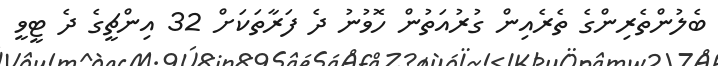
ބެލުންތެރިންގެ ތެރެއިން ގުރުއަތުން ހޮވުނު ދެ ފަރާތަކަށް 32 އިންޗީގެ ދެ ޓީވީ